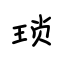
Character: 琐